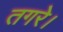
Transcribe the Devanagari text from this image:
तगरे।